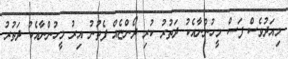
މިއަދުވެސް ފަސް މީހުންނާއެކު ދަތުރު ކުރި ދޯންޏެއް ފެތުނު އިރު މީހުންނާއެކު ދަތުރު